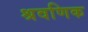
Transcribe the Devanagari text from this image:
श्रवणिक